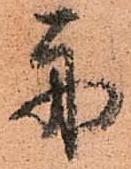
舟